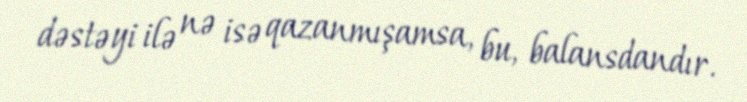
dəstəyi ilə nə isə qazanmışamsa, bu, balansdandır.